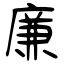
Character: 廉